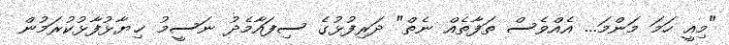
"މިއީ ހަމަ މަންމަ... އެއްވެސް ތަފާތެއް ނެތް" ދަރިފުޅުގެ ސިފައާމެދު ނަސީމު ޚިޔާޅުފާޅުކުރަމުން